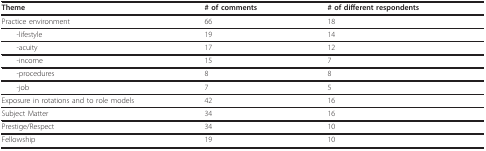
| Theme | # of comments | # of different respondents |
 | --- | --- | --- |
 | Practice environment | 66 | 18 |
 | -lifestyle | 19 | 14 |
 | -acuity | 17 | 12 |
 | -income | 15 | 7 |
 | -procedures | 8 | 8 |
 | -job | 7 | 5 |
 | Exposure in rotations and to role models | 42 | 16 |
 | Subject Matter | 34 | 16 |
 | Prestige/Respect | 34 | 10 |
 | Fellowship | 19 | 10 |